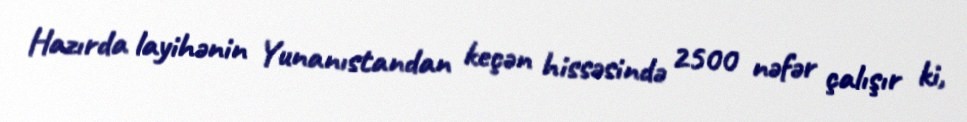
Hazırda layihənin Yunanıstandan keçən hissəsində 2500 nəfər çalışır ki,